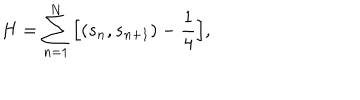
LaTeX: H = \sum _ { n = 1 } ^ { N } \Big [ ( s _ { n } , s _ { n + 1 } ) - \frac { 1 } { 4 } \Big ] ,